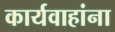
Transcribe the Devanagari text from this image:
कार्यवाहांना